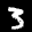
Label: 3